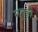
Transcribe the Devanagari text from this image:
मनुही